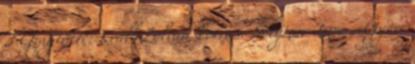
3 Gyűjtötte: Králl Zoltán Forrás: Solymár Imre „ Györe